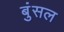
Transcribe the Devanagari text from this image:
बुंसल